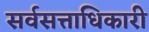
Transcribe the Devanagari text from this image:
सर्वसत्ताधिकारी